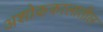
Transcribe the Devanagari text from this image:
अशोककालातील